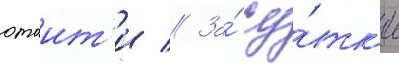
отоит'и // За́ су́тк'и